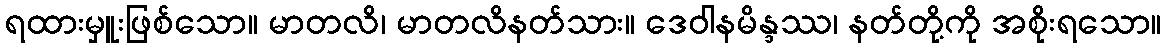
ရထားမှူးဖြစ်သော။ မာတလိ၊ မာတလိနတ်သား။ ဒေဝါနမိန္ဒဿ၊ နတ်တို့ကို အစိုးရသော။